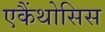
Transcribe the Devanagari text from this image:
एकैंथोसिस